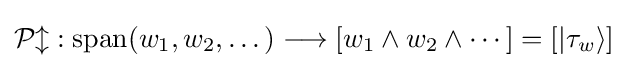
{\mathcal {Pl}}:\mathrm {span} (w_{1},w_{2},\dots )\longrightarrow [w_{1}\wedge w_{2}\wedge \cdots ]=[|\tau _{w}\rangle ]